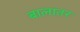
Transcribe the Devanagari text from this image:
बालातर